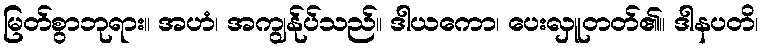
မြတ်စွာဘုရား။ အဟံ၊ အကျွန်ုပ်သည်။ ဒါယကော၊ ပေးလှူတတ်၏။ ဒါနပတိ၊